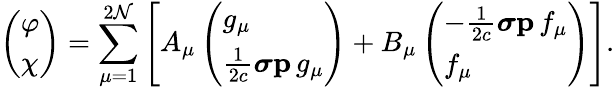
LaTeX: \left(\begin{array}{l}{\varphi}\\ {\chi}\end{array}\right)=\sum_{\mu=1}^{2\mathcal{N}}\left[A_{\mu}\left(\begin{array}{l}{g_{\mu}}\\ {\frac{1}{2c}\boldsymbol{\sigma}\mathbf{p}\, g_{\mu}}\end{array}\right)+B_{\mu}\left(\begin{array}{l}{-\frac{1}{2c}\boldsymbol{\sigma}\mathbf{p}\, f_{\mu}}\\ {f_{\mu}}\end{array}\right)\right].